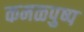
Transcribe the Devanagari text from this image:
कमळपुष्प